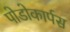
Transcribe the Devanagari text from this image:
पोडोकार्पस